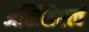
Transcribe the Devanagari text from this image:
अतिशिष्टत्वं